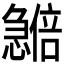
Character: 𪬽